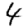
Digit: 4